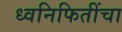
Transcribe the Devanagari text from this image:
ध्वनिफितींचा